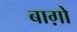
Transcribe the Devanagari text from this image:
बाग़ोे